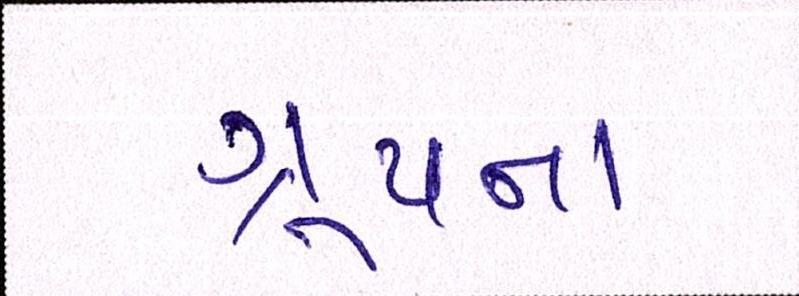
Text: ગ્રૂપના